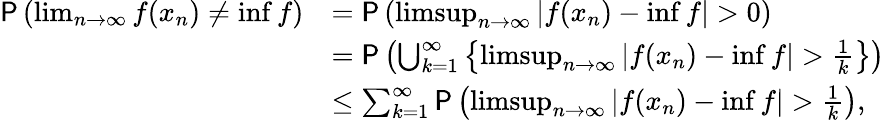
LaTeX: \begin{array}{rl}{\P\left(\operatorname*{lim}_{n\to\infty}f(x_{n})\neq\operatorname*{inf}f\right)}&{=\P\left(\operatorname*{limsup}_{n\to\infty}|f(x_{n})-\operatorname*{inf}f|>0\right)}\\ &{=\P\left(\bigcup_{k=1}^{\infty}\left\{ \operatorname*{limsup}_{n\to\infty}|f(x_{n})-\operatorname*{inf}f|>\frac 1k\right\} \right)}\\ &{\leq\sum_{k=1}^{\infty}\P\left(\operatorname*{limsup}_{n\to\infty}|f(x_{n})-\operatorname*{inf}f|>\frac 1k\right),}\end{array}